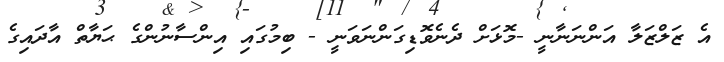
އެ ޒަލްޒަލާ އަންނަނާނީ -މޮޅަށް ދެނެވޮޑިގަންނަވަނީ - ބިމުގައި އިންސާނުންގެ ޙަޔާތް އާދައިގެ